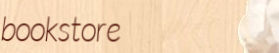
bookstore